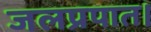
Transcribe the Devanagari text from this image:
जलप्रपात।